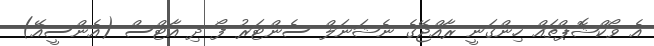
އެ ވޯކްޝޮޕްތައް ހިންގަނީ ރާއްޖޭގެ ނެޝަނަލް ސެންޓަރު ފޯ ދި އާޓްސް (އެންސީއޭ)